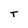
Character: T